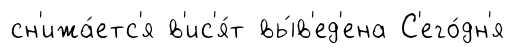
сн'ижа́етс'я в'ис'я́т вы́в'ед'ена С'его́дн'я